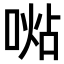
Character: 𠸞